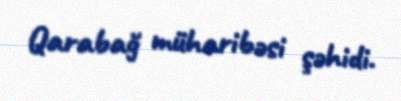
Qarabağ müharibəsi şəhidi.